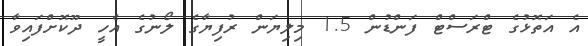
އެ އަތޮޅުގެ ޓްރަސްޓް ފަންޑުން 1.5 މިލިޔަން ރުފިޔާގެ ލޯނުގެ އެހީ ދޫކޮށްފައިވާ